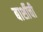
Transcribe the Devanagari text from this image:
बार्शीची